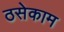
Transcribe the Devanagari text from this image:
ठसेकाम